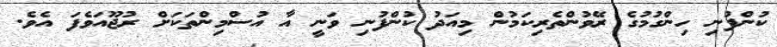
ކުންފުނި ހިންގުމުގެ ރޭވުންތެރިކަމުން މިއަދު ކުންފުނި ވަނީ އާ އުސްމިންތަކަށް ރުޖޫއަވެފަ އެވެ.